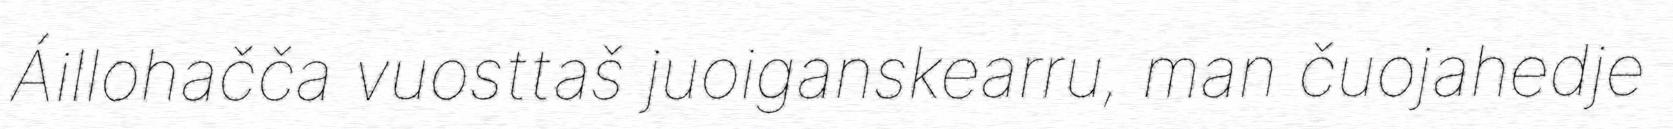
Áillohačča vuosttaš juoiganskearru, man čuojahedje